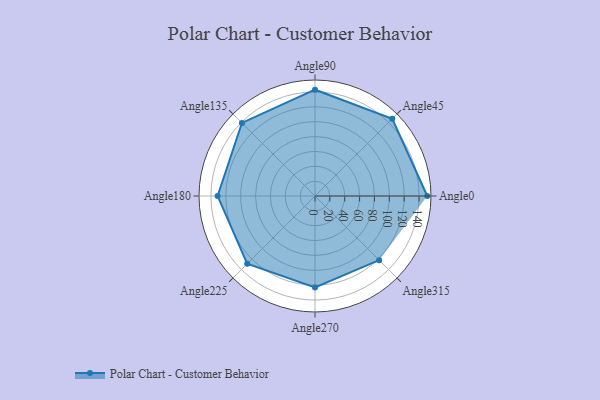
{"axis": {"x": "Angle", "y": "Radius"}, "legend": [""], "data": [{"x": "Angle0", "y": 151.0, "type": ""}, {"x": "Angle45", "y": 147.0, "type": ""}, {"x": "Angle90", "y": 143.0, "type": ""}, {"x": "Angle135", "y": 139.0, "type": ""}, {"x": "Angle180", "y": 131.0, "type": ""}, {"x": "Angle225", "y": 129.0, "type": ""}, {"x": "Angle270", "y": 123.0, "type": ""}, {"x": "Angle315", "y": 122.0, "type": ""}]}